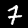
Label: 7